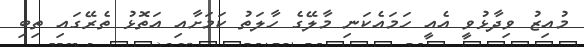
މުއިޒު ވިދާޅުވީ އެއީ ހަމައެކަނި މާލޭގެ ހާލަތު ކަމަށާއި އަތޮޅު ތެރޭގައި ތިބި